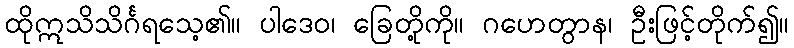
ထိုဣသိသိင်္ဂရသေ့၏။ ပါဒေဝ၊ ခြေတို့ကို။ ဂဟေတွာန၊ ဦးဖြင့်တိုက်၍။